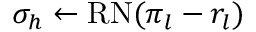
\sigma _ { h } \gets \mathrm { R N } ( \pi _ { l } - r _ { l } )